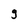
Character: 9